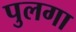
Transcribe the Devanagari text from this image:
पुलगा